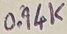
Text: 0.94K